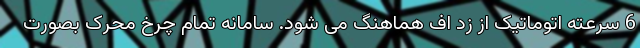
6 سرعته اتوماتیک از زد اف هماهنگ می شود. سامانه تمام چرخ محرک بصورت